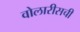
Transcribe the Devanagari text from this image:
वोलारीसची